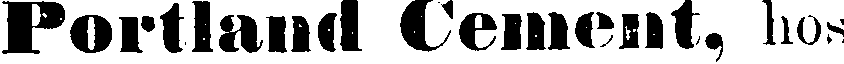
Portland Cement, hos